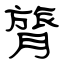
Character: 膂